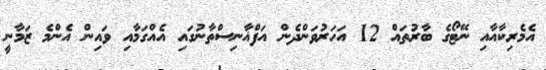
އެމެރިކާއާއި ނޭޓޯގެ ބާރުތައް 12 އަހަރުވަންދެން އަފްޣާނިސްތާނުގައި އެއްގަމާއި ވައިން އެންމެ ޒަމާނީ